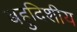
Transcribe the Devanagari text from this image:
बहुदिशीय